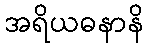
အရိယဓနာနိ